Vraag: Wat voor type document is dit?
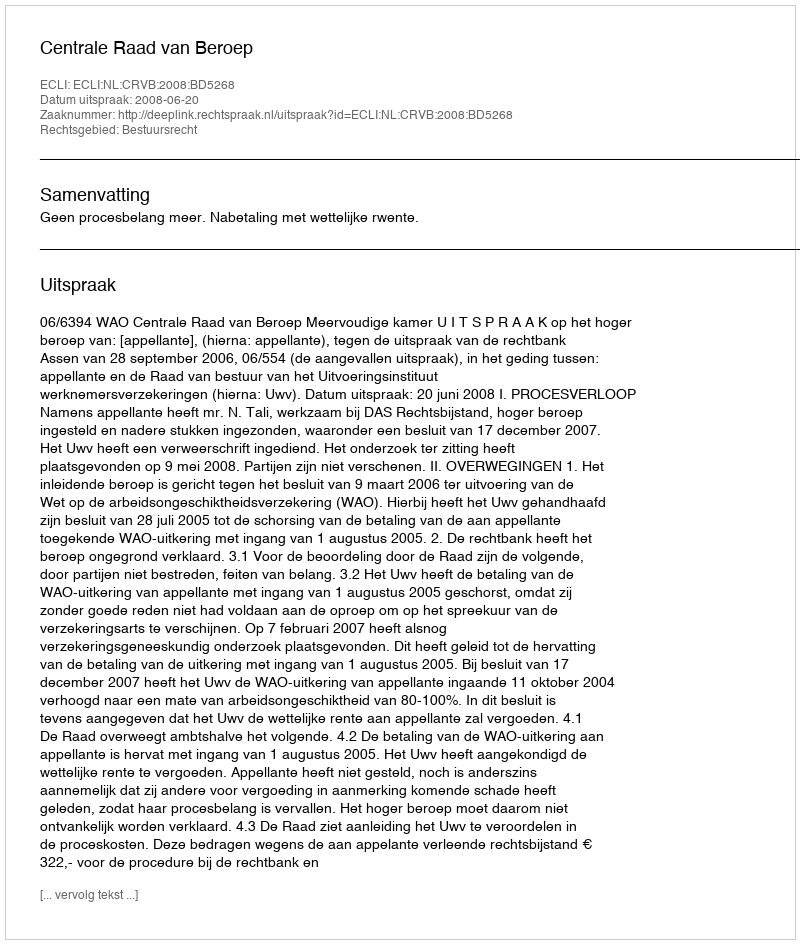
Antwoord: Uitspraak